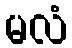
မလံ